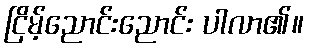
ငြိမ့်ညောင်းညောင်း ပါလာ၏။